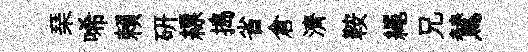
琹唏賴研縹搗省倉濟鞍繩兄鷥